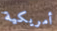
أمريكية